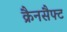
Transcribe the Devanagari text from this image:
क्रैनसैफ्ट